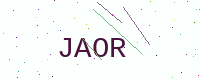
Text: JAOR